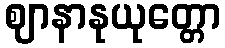
ဈာနာနုယုတ္တော